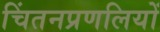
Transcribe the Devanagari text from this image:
चिंतनप्रणलियों